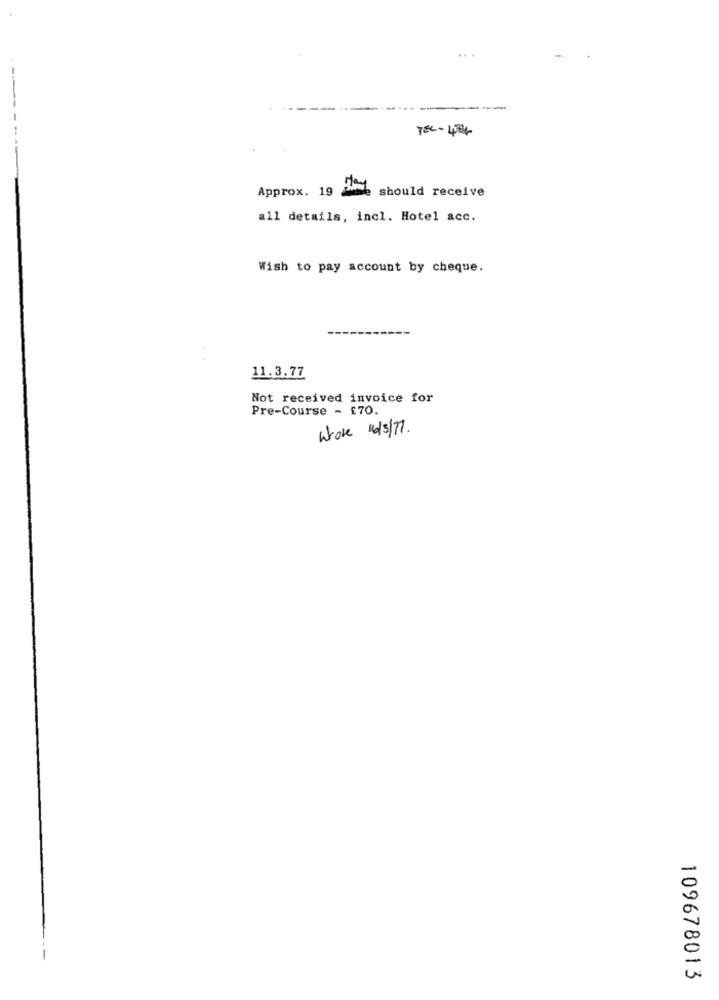
-
---
Approx. 19
should receive
all details, incl. Hotel acc.
Wish to pay account by cheque.
11.3.77
Not received invoice for
Pre-Course - £70.
Wore 1/3/77.
109678013